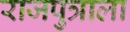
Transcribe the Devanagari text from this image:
राजपुत्राला